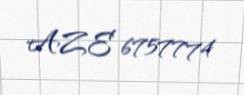
AZE 6757774